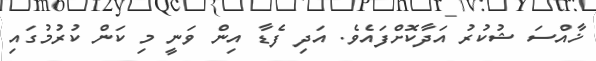
ޚާއްސަ ޝުކުރު އަދާކޮށްފައެވެ. އަދި ފެޑާ އިން ވަނީ މި ކަން ކުރުމުގައި